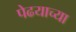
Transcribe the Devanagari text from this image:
पेढयाच्या